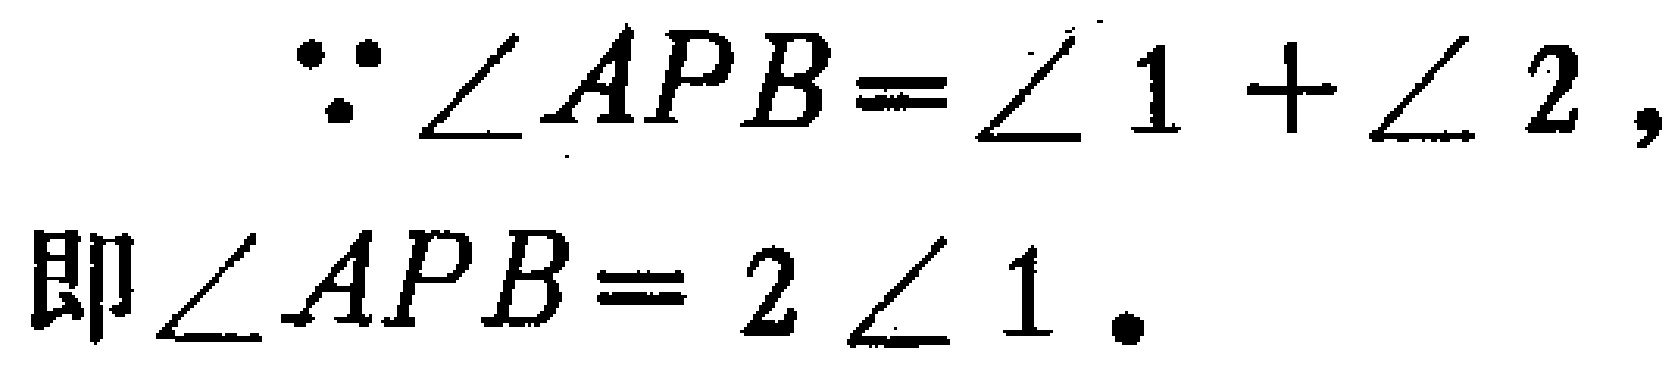
\(\because \angle APB = \angle 1+\angle 2,\)
即\(\angle APB = 2\angle 1.\)